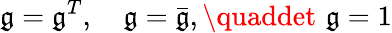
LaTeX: \mathfrak{g}=\mathfrak{g}^{T},\quad\mathfrak{g}=\bar{{\mathfrak{g}}},\quaddet\, \, \mathfrak{g}=1